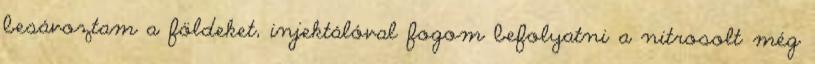
besávoztam a földeket, injektálóval fogom befolyatni a nitrosolt még